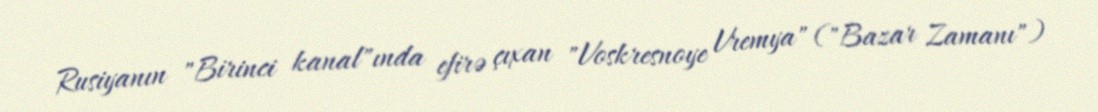
Rusiyanın "Birinci kanal"ında efirə çıxan "Voskresnoye Vremya" ("Bazar Zamanı")